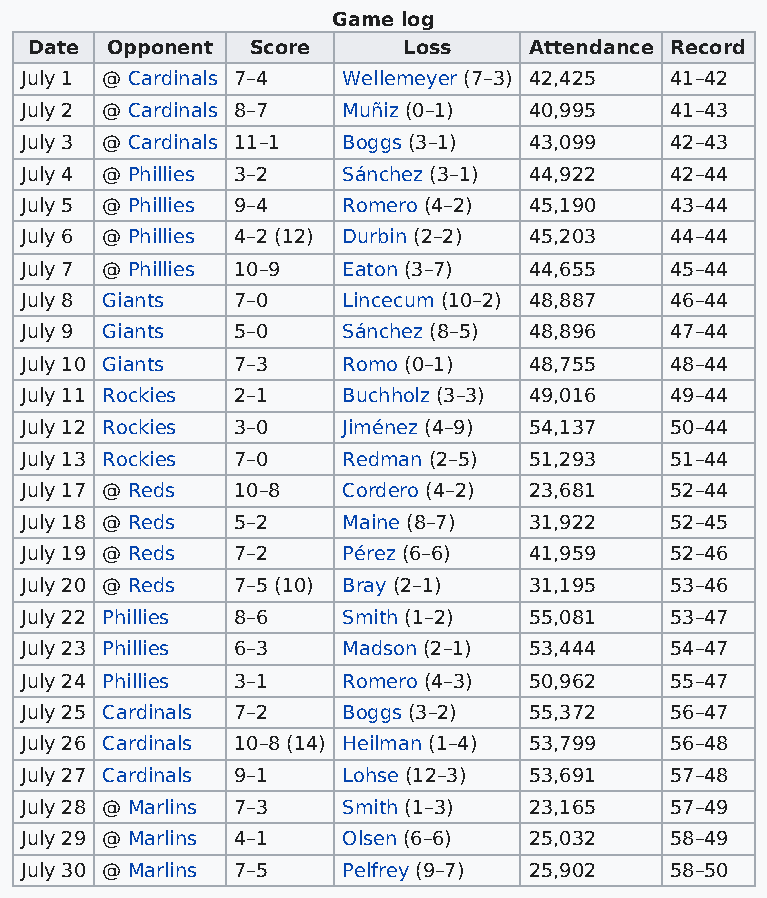
Game log
 Date Opponent  Score     Loss    Attendance Record
 July 1 @ Cardinals 7–4 Wellemeyer (7–3) 42,425 41–42
 July 2 @ Cardinals 8–7 Muñiz (0–1) 40,995  41–43
 July 3 @ Cardinals 11–1 Boggs (3–1) 43,099 42–43
 July 4 @ Phillies 3–2 Sánchez (3–1) 44,922 42–44
 July 5 @ Phillies 9–4 Romero (4–2) 45,190  43–44
 July 6 @ Phillies 4–2 (12) Durbin (2–2) 45,203 44–44
 July 7 @ Phillies 10–9 Eaton (3–7) 44,655  45–44
 July 8 Giants 7–0     Lincecum (10–2) 48,887 46–44
 July 9 Giants 5–0     Sánchez (8–5) 48,896 47–44
 July 10 Giants 7–3    Romo (0–1)  48,755   48–44
 July 11 Rockies 2–1   Buchholz (3–3) 49,016 49–44
 July 12 Rockies 3–0   Jiménez (4–9) 54,137 50–44
 July 13 Rockies 7–0   Redman (2–5) 51,293  51–44
 July 17 @ Reds 10–8   Cordero (4–2) 23,681 52–44
 July 18 @ Reds 5–2    Maine (8–7) 31,922   52–45
 July 19 @ Reds 7–2    Pérez (6–6) 41,959   52–46
 July 20 @ Reds 7–5 (10) Bray (2–1) 31,195  53–46
 July 22 Phillies 8–6  Smith (1–2) 55,081   53–47
 July 23 Phillies 6–3  Madson (2–1) 53,444  54–47
 July 24 Phillies 3–1  Romero (4–3) 50,962  55–47
 July 25 Cardinals 7–2 Boggs (3–2) 55,372   56–47
 July 26 Cardinals 10–8 (14) Heilman (1–4) 53,799 56–48
 July 27 Cardinals 9–1 Lohse (12–3) 53,691  57–48
 July 28 @ Marlins 7–3 Smith (1–3) 23,165   57–49
 July 29 @ Marlins 4–1 Olsen (6–6) 25,032   58–49
 July 30 @ Marlins 7–5 Pelfrey (9–7) 25,902 58–50